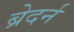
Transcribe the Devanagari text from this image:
ब्रेदर्न